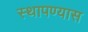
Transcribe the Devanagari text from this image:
स्थापण्यास